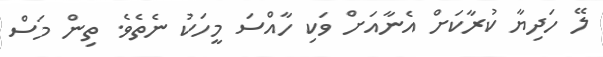
ލޭ ހަދިޔާ ކުރާކަށް އެނާއަށް ވަކި ހާއްސަ މީހަކު ނެތެވެ. ތިން މަސް